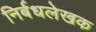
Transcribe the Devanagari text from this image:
निर्बधलेखक